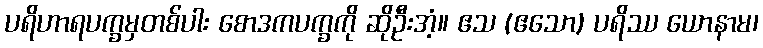
ပရိဟာရပက္ခမှတစ်ပါး စောဒကပက္ခကို ဆိုဦးအံ့။ ဧသ (ဧသော) ပရိဿ ယောနာမ၊